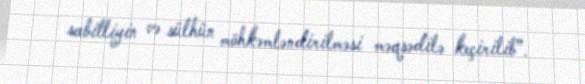
sabitliyin və sülhün möhkəmləndirilməsi məqsədilə keçirilib”.